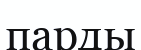
парды